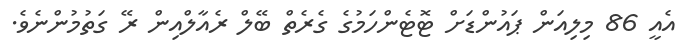
އެއީ 86 މިލިއަން ޕައުންޑަށް ޓޮޓެންހަމުގެ ގެރެތް ބޭލް ރެއާލްއިން ރޭ ގަތުމުންނެވެ.